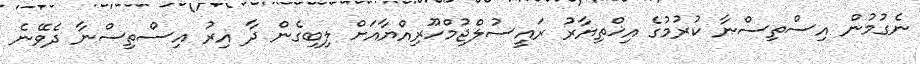
ނެގުމުން އިސްތިސްނާ ކުރުމުގެ އިޚްތިޔާރު ރައީސުލްޖުމްހޫރިއްޔާއަށް ލިބިގެން ދާ އިރު އިސްތިސްނާ ދެވޭނެ